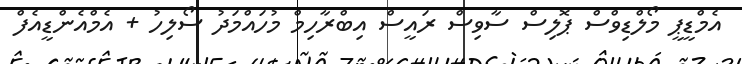
އެމްޑީޕީ މޯލްޑިވްސް ޕޮލިސް ސާވިސް ރައީސް އިބްރާހިމް މުހައްމަދު ސޯލިހު + އެމްއެންޑީއެފް